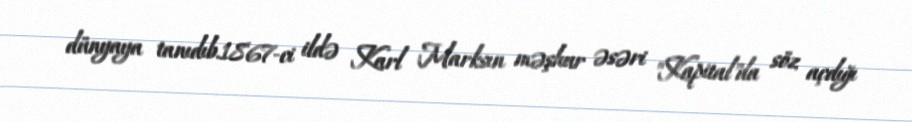
dünyaya tanıdıb.1867-ci ildə Karl Marksın məşhur əsəri "Kapital"da söz açdığı